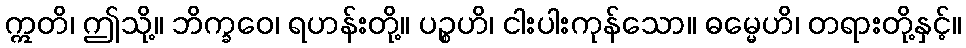
ဣတိ၊ ဤသို့။ ဘိက္ခဝေ၊ ရဟန်းတို့။ ပဉ္စဟိ၊ ငါးပါးကုန်သော။ ဓမ္မေဟိ၊ တရားတို့နှင့်။